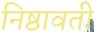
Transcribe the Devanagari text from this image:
निष्ठावती